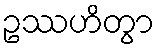
ဥဿဟိတွာ